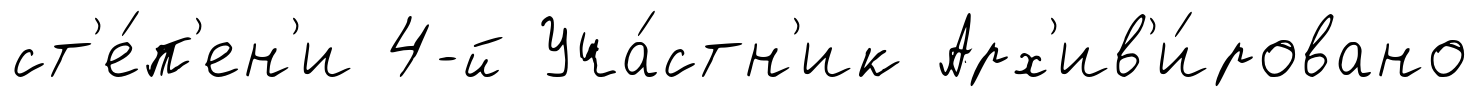
ст'е́п'ен'и 4-й Уча́стн'ик Арх'ив'и́ровано